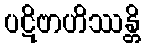
ပဋိဗာဟိဿန္တိ